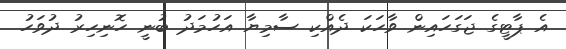
އެ ޕާޓީގެ ޖަގަހައިން ވާހަކަ ދެއްކި ސާމިޔާ އަހުމަދު ބުނީ ހޮނިހިރު ދުވަހު